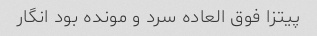
پیتزا فوق العاده سرد و مونده بود انگار